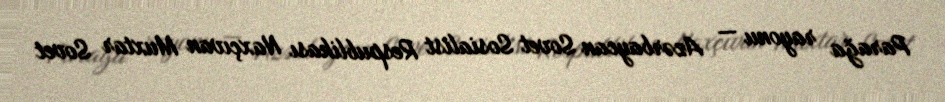
Parağa rayonu — Azərbaycan Sovet Sosialist Respublikası Naxçıvan Muxtar Sovet